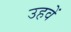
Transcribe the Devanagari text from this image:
उहवें